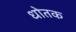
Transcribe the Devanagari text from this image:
धोतक